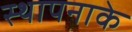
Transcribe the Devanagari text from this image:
स्थापनाके